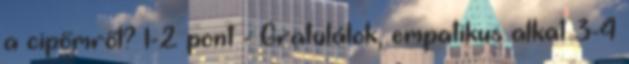
a cipőmről? 1-2 pont - Gratulálok, empatikus alkat 3-4